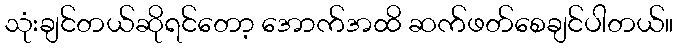
သုံးချင်တယ်ဆိုရင်တော့ အောက်အထိ ဆက်ဖတ်စေချင်ပါတယ်။